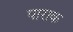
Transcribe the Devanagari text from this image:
पाराक